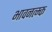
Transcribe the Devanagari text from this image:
भावनत्म्क